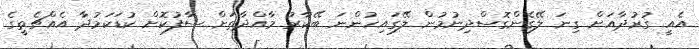
އެއީ ގުރުދާއަށް ގިނަ ލޭގެންގޮސްދިނުމުން ލޭގައިހުންނަ ބޭކާރު މާއްދާތަށް ސާފުކޮށް ކުޑަކަމުދާ އެއްޗެތީގެ